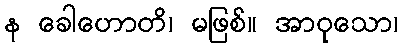
န ခေါဟောတိ၊ မဖြစ်။ အာဝုသော၊